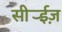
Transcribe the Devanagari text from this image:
सीर्‍ईज़